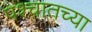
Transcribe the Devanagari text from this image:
पश्चातच्या